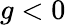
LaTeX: g<0